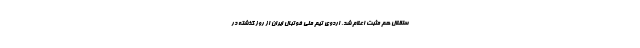
ستقلال هم مثبت اعلام شد. اردوی تیم ملی فوتبال ایران از روز گذشته در